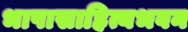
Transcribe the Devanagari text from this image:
भाषासाहित्यभवन